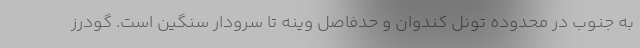
به جنوب در محدوده تونل کندوان و حدفاصل وینه تا سرودار سنگین است. گودرز